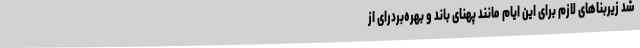
شد زیربناهای لازم برای این ایام مانند پهنای باند و بهره‌بردرای از